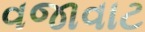
વજાવાટ